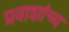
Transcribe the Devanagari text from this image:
प्रवाशांच्य